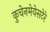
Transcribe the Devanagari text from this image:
कुचेनमेयेसटेरे